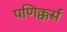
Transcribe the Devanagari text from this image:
पणिक्कर्स